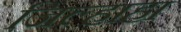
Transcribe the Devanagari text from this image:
जिल्हाहा